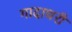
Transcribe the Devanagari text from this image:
गादाधरी